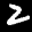
Label: 2